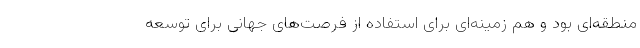
منطقه‌ای بود و هم زمینه‌ای برای استفاده از فرصت‌های جهانی برای توسعه